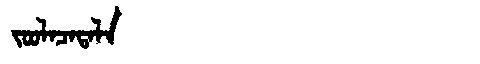
Manchu: ᠵᠣᠣᠯᠠᠴᠠᡨᠠᠯᠠ
Romanization: JOOLACATALA